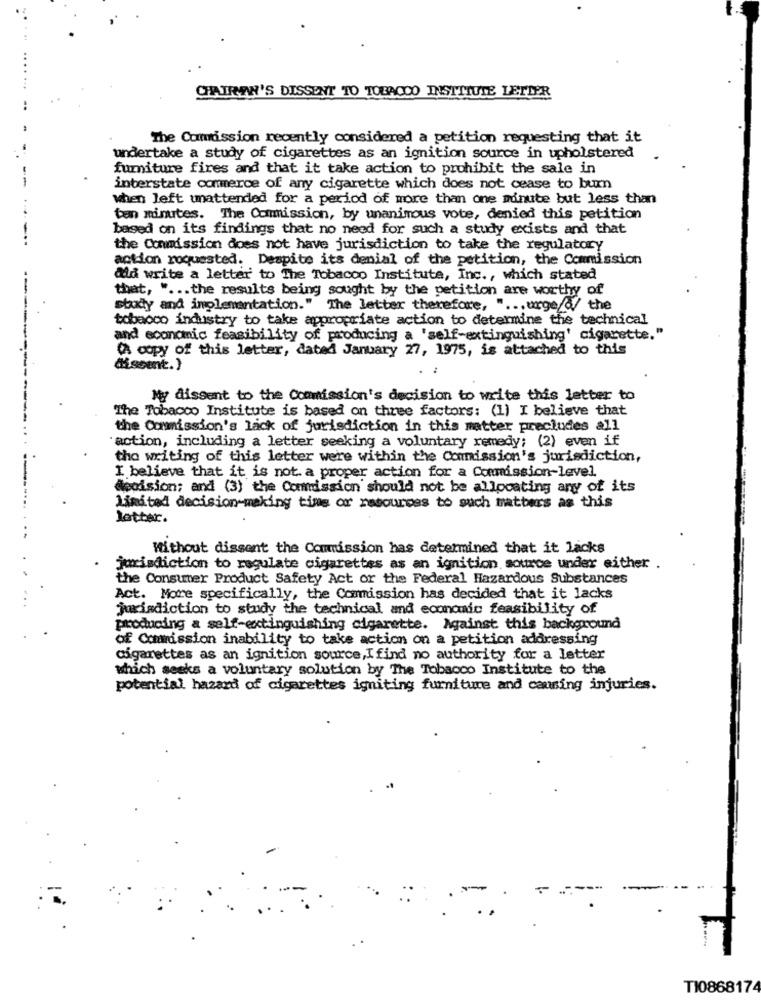
CHAIRAN'S DISSENT TO TOBACCO INSTITUTE LETTER
The Commission recently considered a petition requesting that it
undertake a study of cigarettes as an ignition source in upholstered
furniture fires and that it take action to prohibit the sale in
interstate commerce of any cigarette which does not cease to burn
when left unattended for a period of more than one minute but less than
ten minutes. The Commission, by unanimous vote, denied this petition
based on its findings that no need for such a study exists and that
-..
the Conmission does not have jurisdiction to take the regulatory
action roquested. Despite its denial of the petition, the Commission
did write a letter to The Tobacco Institute, Inc ., which stated
that, " ... the results being sought by the petition are worthy of
stady and implementation." The letter therefore, " ... urge/@/ the
tobacco industry to take appropriate action to determine the technical
------
and economic feasibility of producing a 'self-extinguishing' cigarette."
(A copy of this letter, dated January 27, 1975, is attached to this
--
dissent.)
My dissent to the Commission's decision to write this letter to
The Tobacco Institute is based on three factors: (1) I believe that
--
the Commission's lack of jurisdiction in this matter precludes all
action, including a letter seeking a voluntary remedy; (2) even if
the writing of this letter were within the Commission's jurisdiction,
--
I believe that it is not. a proper action for a Commission-level.
decision; and (3) the Commission should not be allocating any of its
....
Limited decision-making time or resources to such matters as this
Jotter.
Without dissent the Comission has determined that it lacks
jurisdiction to regulate cigarettes as an ignition source under either .
the Consumer Product Safety Act or the Federal Hazardous Substances
Act. More specifically, the Commission has decided that it lacks
jurisdiction to study the technical and economic feasibility of
producing a self-extinguishing cigarette. Against this background
of Commission inability to take action on a petition addressing
cigarettes as an ignition source,Ifind no authority for a letter
which seeks a voluntary solution by The Tobacco Institute to the
potential hazard of cigarettes igniting furniture and cansing injuries.
TI0868174